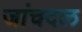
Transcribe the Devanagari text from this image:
जांचदल